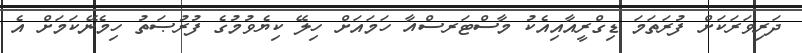
ދަރިވަރަކަށް ފުރަތަމަ ޑިގްރީއާއިއެކު މާސްޓަރސްއާ ހަމައަށް ހިލޭ ކިޔެވުމުގެ ފުރުޞަތު ހިމެނޭކަމަށް އެ